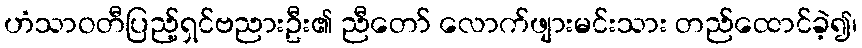
ဟံသာဝတီပြည့်ရှင်ဗညားဦး၏ ညီတော် လောက်ဖျားမင်းသား တည်ထောင်ခဲ့၍၊